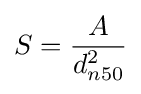
S={\frac {A}{d_{n50}^{2}}}